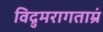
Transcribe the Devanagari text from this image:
विद्रुमरागताम्रं